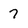
Character: 7